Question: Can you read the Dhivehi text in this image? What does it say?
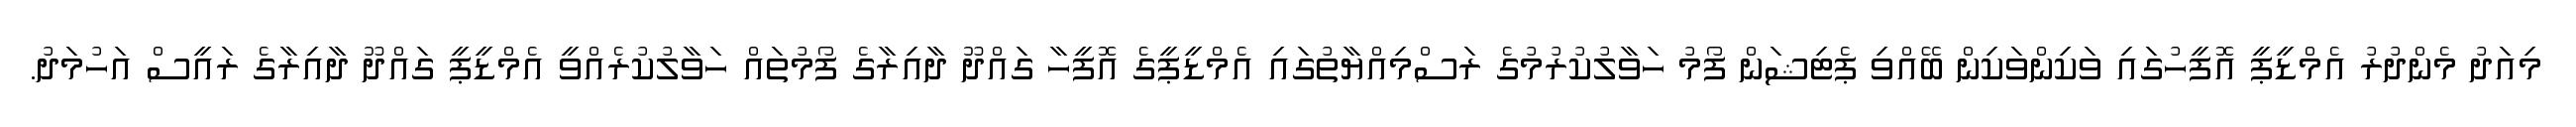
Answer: މިއަދު މެންދުރު އެމްޑީޕީ އޮފީހުގައި ވަކިންވަކިން ބޭއްވި ޕެޓިޝަން ފޯމު ހަވާލުކުރުމުގެ ރަސްމިއްޔާތުގައި އެމްޑީޕީގެ އޮފީހާ ގައްދޫ ދާއިރާގެ ފޯމުތައް ހަވާލުކުރެއްވީ އެމްޑީޕީ ގައްދޫ ދާއިރާގެ ރައީސް އަހުމަދު.